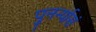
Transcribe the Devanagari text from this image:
पुनर्न्यासं